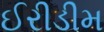
ઈરીડીમ